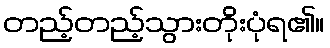
တည့်တည့်သွားတိုးပုံရ၏။